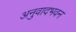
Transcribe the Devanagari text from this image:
अनुवादभवन